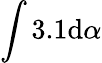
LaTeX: \int3.1\mathrm{d}\alpha